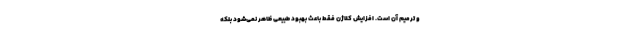
و ترمیم آن است. افزایش کلاژن فقط باعث بهبود طبیعی ظاهر نمی‌شود بلکه